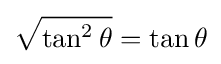
{\sqrt {\tan ^{2}\theta }}=\tan \theta